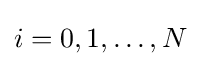
{\textstyle i=0,1,\ldots ,N}